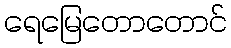
ရေမြေတောတောင်